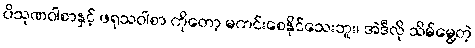
ပိသုဏဝါစာနှင့် ဖရုသဝါစာ ကိုတော့ မကင်းစေနိုင်သေးဘူး၊ အဲဒီလို သိမ်မွေ့တဲ့